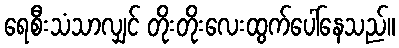
ရေစီးသံသာလျှင် တိုးတိုးလေးထွက်ပေါ်နေသည်။